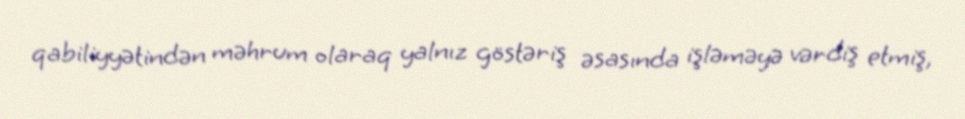
qabiliyyətindən məhrum olaraq yalnız göstəriş əsasında işləməyə vərdiş etmiş,